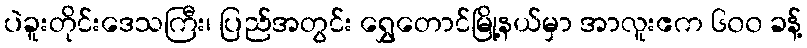
ပဲခူးတိုင်းဒေသကြီး၊ ပြည်အတွင်း ရွှေတောင်မြို့နယ်မှာ အာလူးဧက ၆၀၀ ခန့်